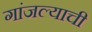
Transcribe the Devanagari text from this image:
गांजल्याची